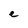
Character: e